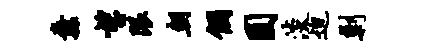
纛望限朝个圆淡迫剿